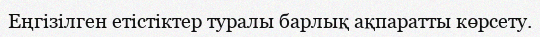
Еңгізілген етістіктер туралы барлық ақпаратты көрсету.